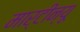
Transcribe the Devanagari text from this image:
मार्टीन्यू